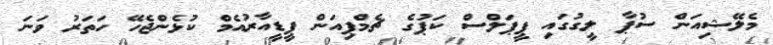
މެލޭޝިއަން ސުޕާ ލީގުގައި ޕީޕަލްސް ކަޕުގެ ޗެމްޕިއަން ޕީޑީއާރުއެމް ކުޅެންޖެހޭ ހަތަރު ވަނަ